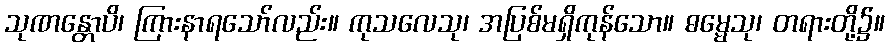
သုဏန္တောပိ၊ ကြားနာရသော်လည်း။ ကုသလေသု၊ အပြစ်မရှိကုန်သော။ ဓမ္မေသု၊ တရားတို့၌။